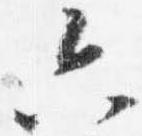
六